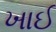
ખાઈ